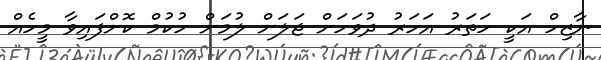
ނާޒިހް އަކީ ހަތަރު އަހަރު ދުވަހަށް ޖަލަށް ލުމަށް ހުކުމް ކޮށްފައިވާ މީހެއް